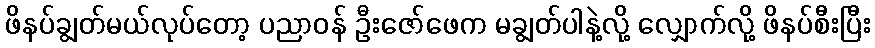
ဖိနပ်ချွတ်မယ်လုပ်တော့ ပညာဝန် ဦးဇော်ဖေက မချွတ်ပါနဲ့လို့ လျှောက်လို့ ဖိနပ်စီးပြီး